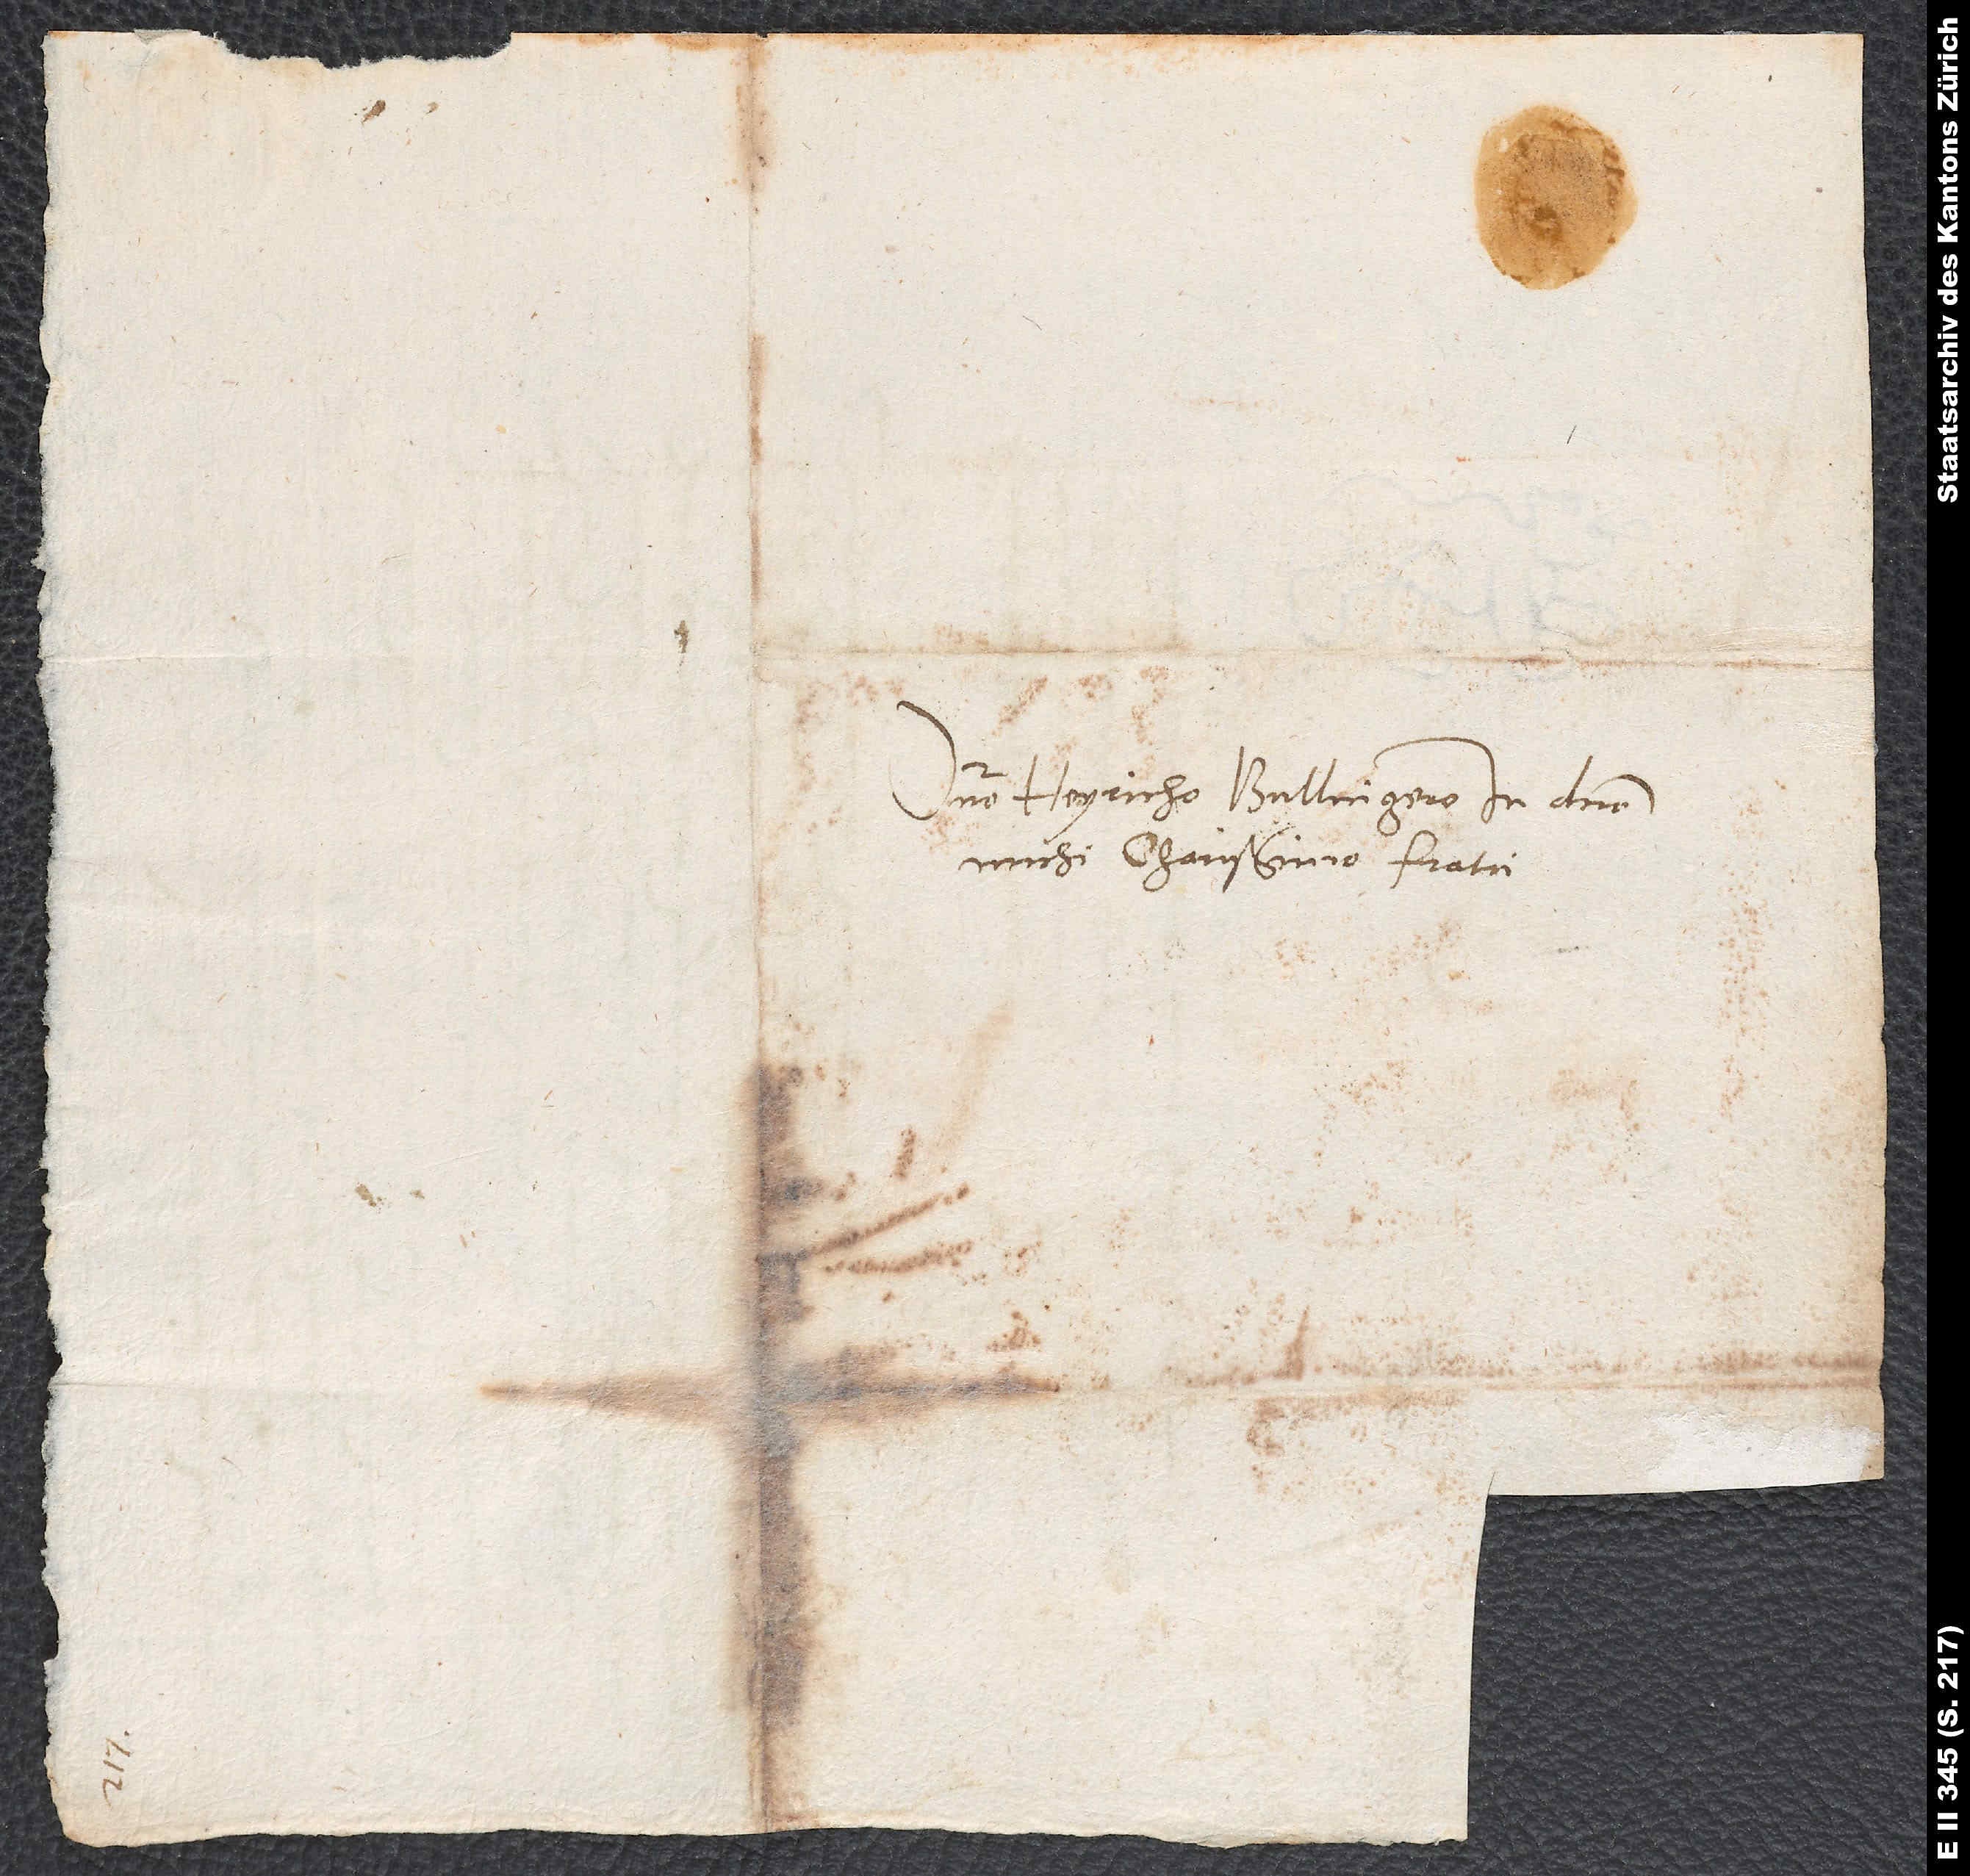
Domino Heyricho Bullingero, in domino
mihi charissimo fratri.